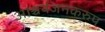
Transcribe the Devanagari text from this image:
आश्चर्यजनकरुप